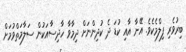
ބިރުވެރި ފިލްމެކެވެ. އޭނާ އާއި ކުޑަ ދެ ކުދިންނަށް ދިމާވާ ހާދިސާއަކުން ސަލާމަތްވުމަށް